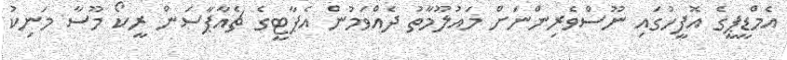
އެމްޑީޕީގެ އޮފީހުގައި ނޫސްވެރިންނަށް މައުލޫމާތު ދެއްވަމުން އެޕާޓީގެ ޗެއާޕާސަން ރީކޯ މޫސާ މަނިކު